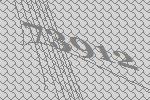
73912